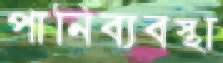
পানিব্যবস্থা